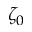
\zeta _ { 0 }